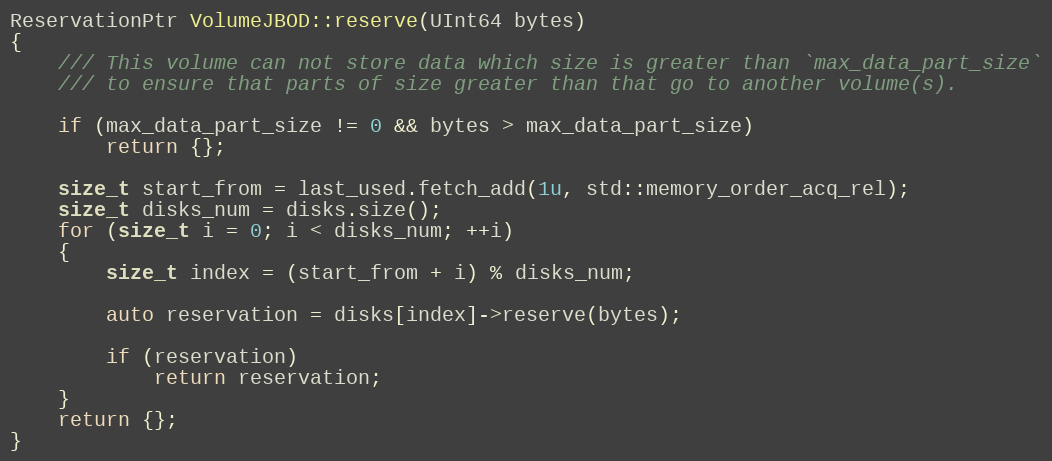
Language: C++
ReservationPtr VolumeJBOD::reserve(UInt64 bytes)
{
    /// This volume can not store data which size is greater than `max_data_part_size`
    /// to ensure that parts of size greater than that go to another volume(s).

    if (max_data_part_size != 0 && bytes > max_data_part_size)
        return {};

    size_t start_from = last_used.fetch_add(1u, std::memory_order_acq_rel);
    size_t disks_num = disks.size();
    for (size_t i = 0; i < disks_num; ++i)
    {
        size_t index = (start_from + i) % disks_num;

        auto reservation = disks[index]->reserve(bytes);

        if (reservation)
            return reservation;
    }
    return {};
}